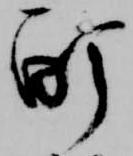
酊